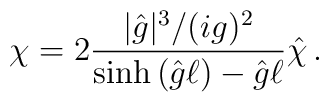
\chi=2\frac{|{\hat g}|^3/(ig)^2}{\sinh{\left( {\hat g}\ell \right)}-{\hat g}\ell}{\hat{\chi}}\, .